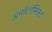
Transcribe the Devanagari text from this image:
अनॉटॉमिस्ट